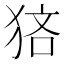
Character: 𤞼